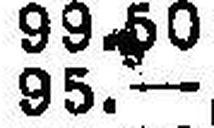
95.—